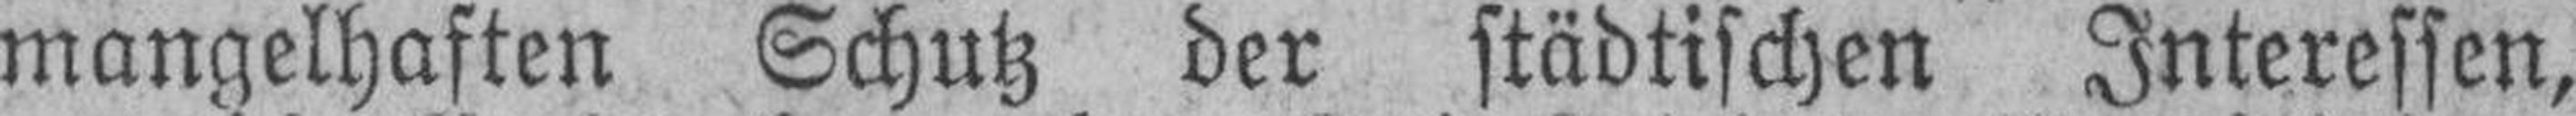
mangelhaften Schutz der städtischen Interessen,